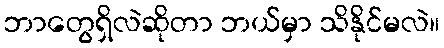
ဘာတွေရှိလဲဆိုတာ ဘယ်မှာ သိနိုင်မလဲ။